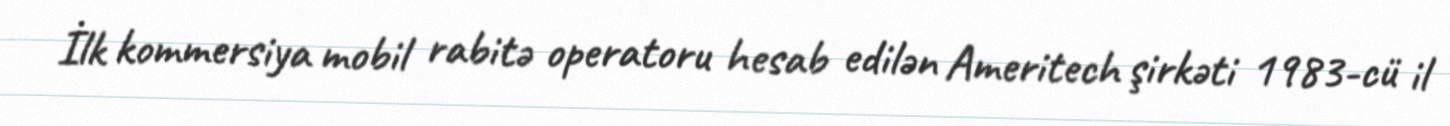
İlk kommersiya mobil rabitə operatoru hesab edilən Ameritech şirkəti 1983-cü il